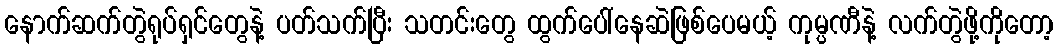
နောက်ဆက်တွဲရုပ်ရှင်တွေနဲ့ ပတ်သက်ပြီး သတင်းတွေ ထွက်ပေါ်နေဆဲဖြစ်ပေမယ့် ကုမ္ပဏီနဲ့ လက်တွဲဖို့ကိုတော့